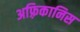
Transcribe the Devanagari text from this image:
अफ़्रिकानिस